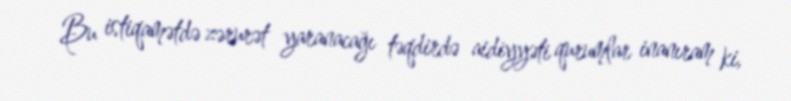
Bu istiqamətdə zərurət yaranacağı təqdirdə aidiyyəti qurumlar inanıram ki,